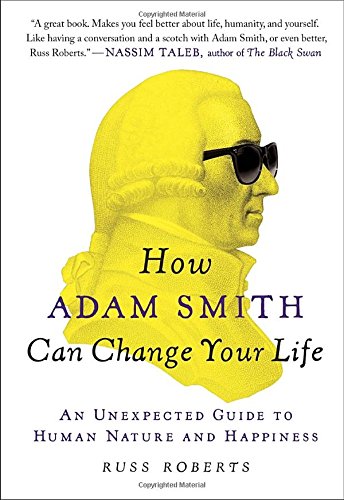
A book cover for How Adam Smith Can Change Your Life: An Unexpected Guide to Human Nature and Happiness; Russ Roberts; Politics & Social Sciences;